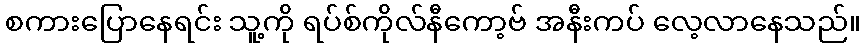
စကားပြောနေရင်း သူ့ကို ရပ်စ်ကိုလ်နီကော့ဗ် အနီးကပ် လေ့လာနေသည်။